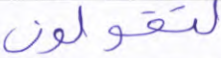
لتقولون